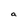
Character: a